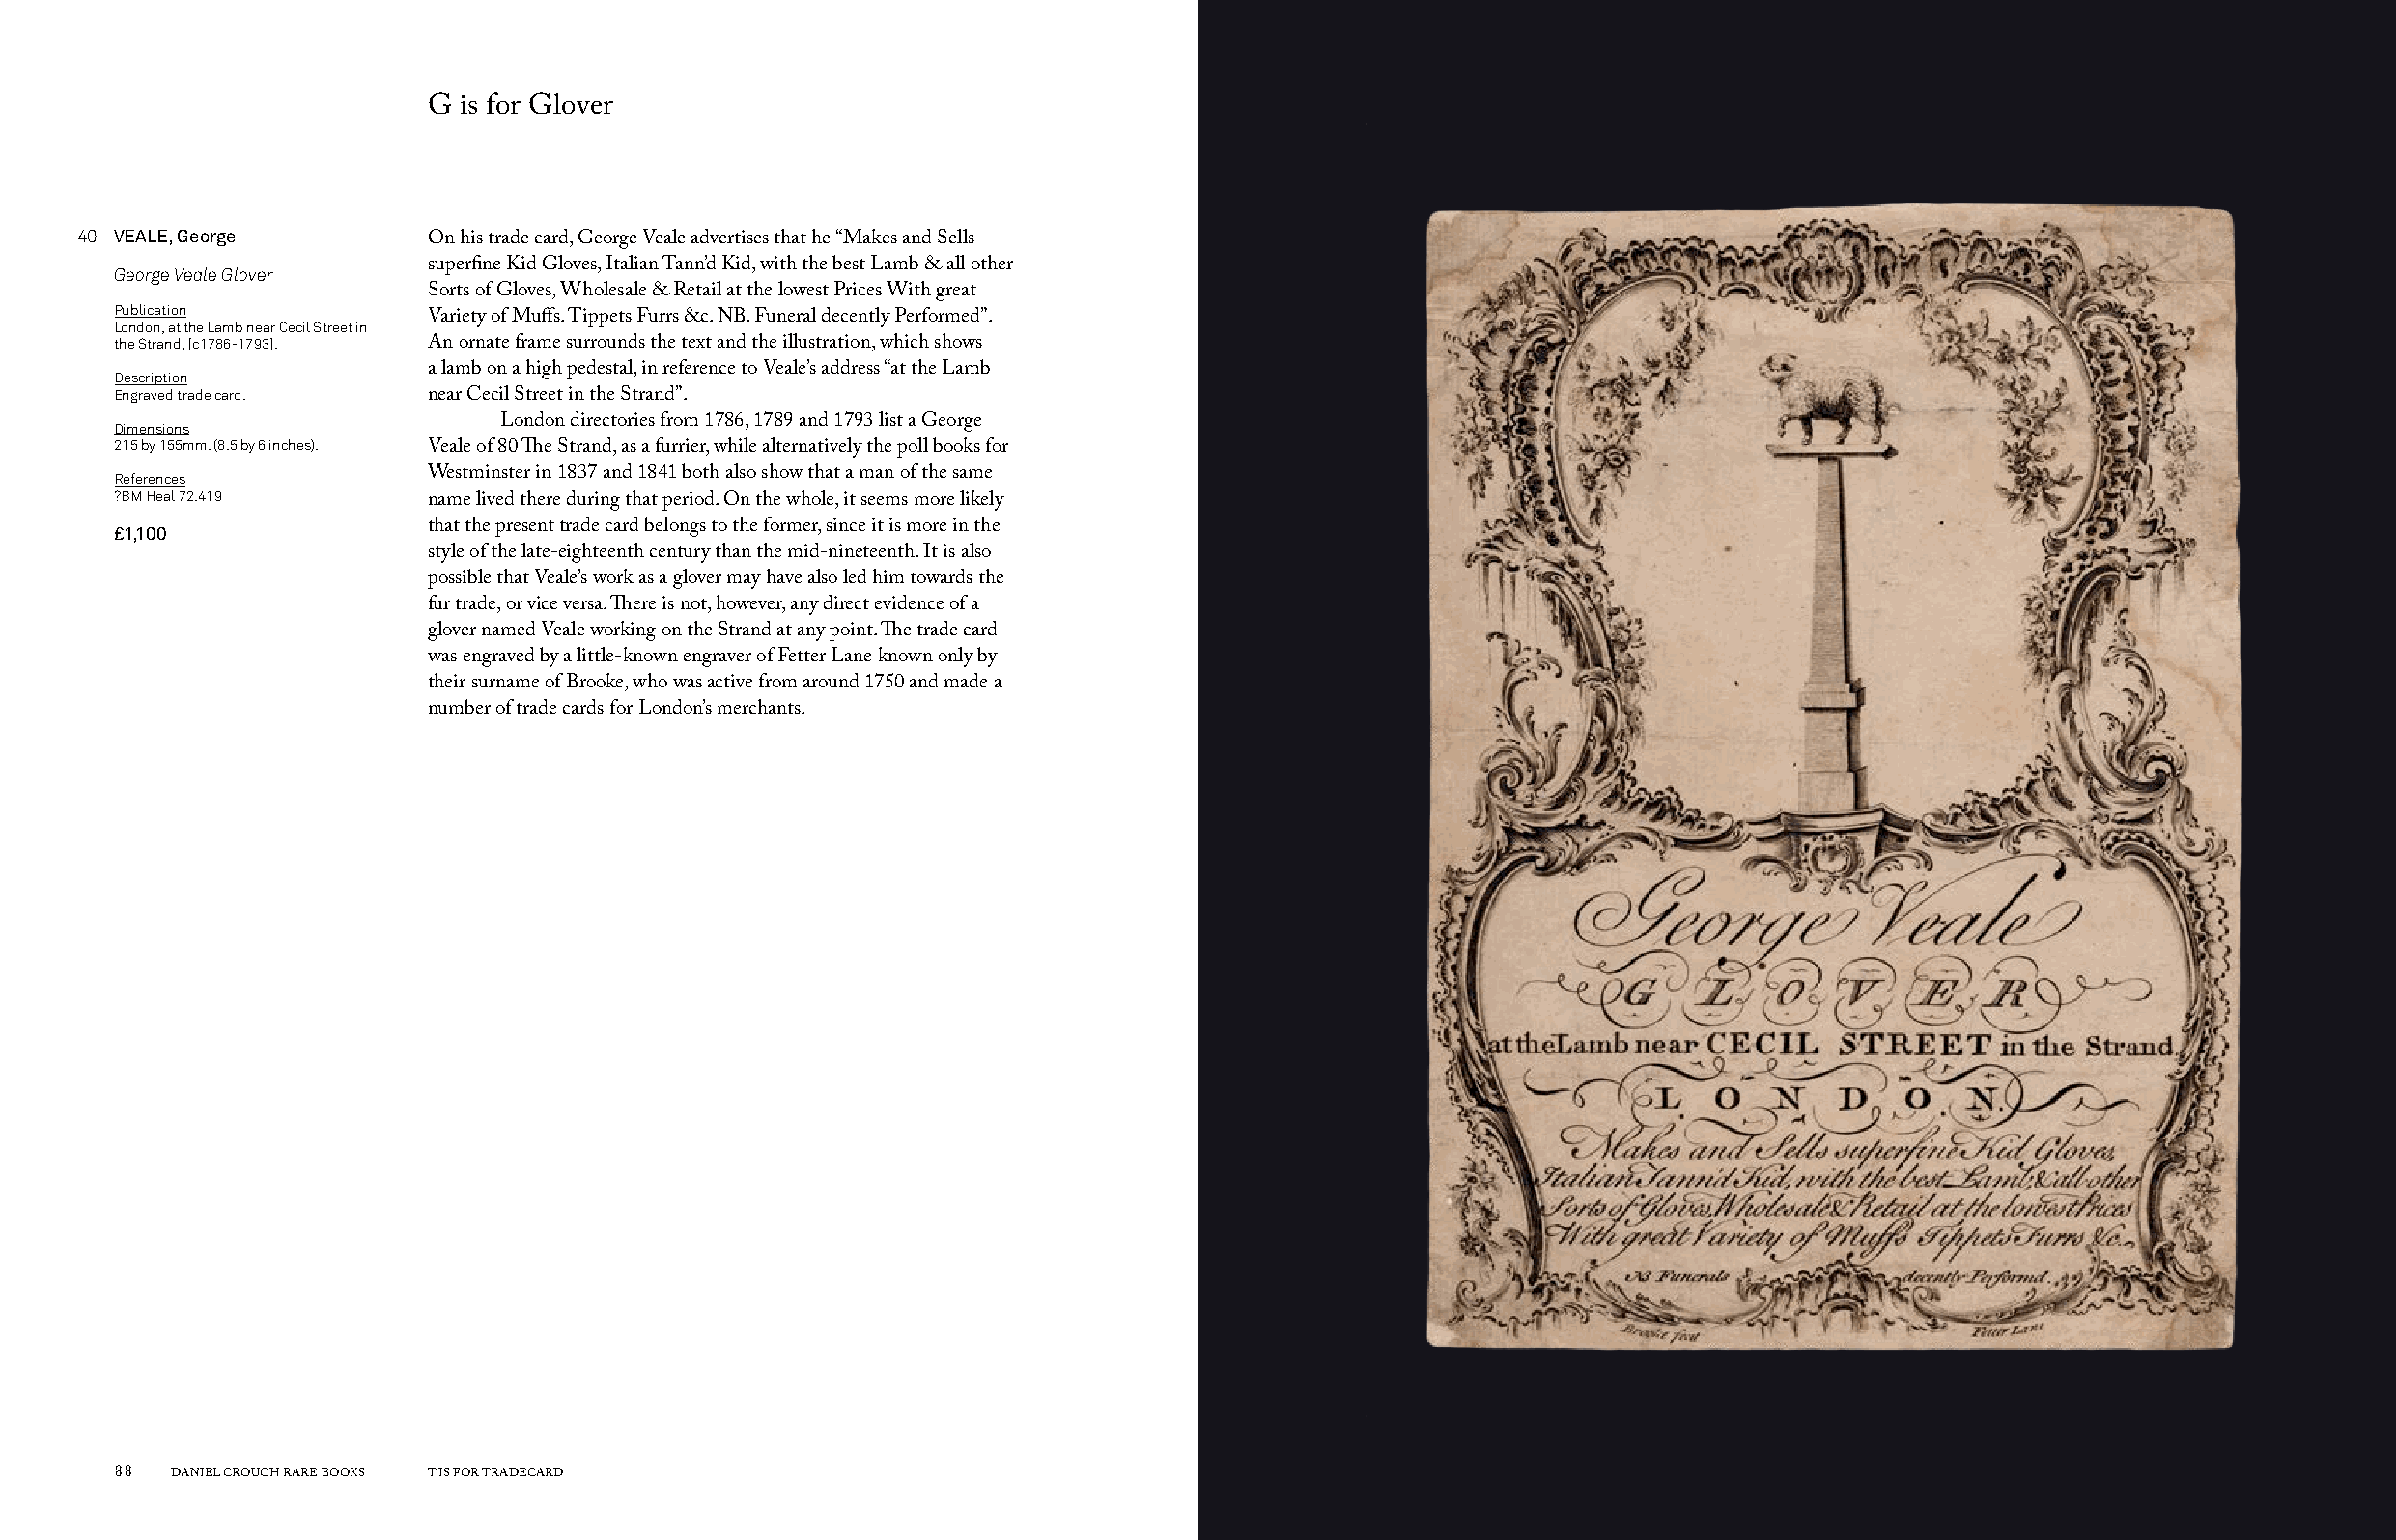
G  is for Glover
 40 VEALE, George
 On his trade card, George Veale advertises that he “Makes and Sells
 George Veale Glover  superfine Kid Gloves, Italian Tann’d Kid, with the best Lamb & all other
 Sorts of Gloves, Wholesale & Retail at the lowest Prices With great
 Publication
 London, at the Lamb near Cecil Street in Variety of Muffs. Tippets Furrs &c. NB. Funeral decently Performed”.
 the Strand, [c1786-1793]. An ornate frame surrounds the text and the illustration, which shows
 Description          a lamb on a high pedestal, in reference to Veale’s address “at the Lamb
 Engraved trade card. near Cecil Street in the Strand”.
 Dimensions                London directories from 1786, 1789 and 1793 list a George
 215 by 155mm. (8.5 by 6 inches).
 Veale of 80 The Strand, as a furrier, while alternatively the poll books for
 References           Westminster in 1837 and 1841 both also show that a man of the same
 ?BM Heal 72.419
 name lived there during that period. On the whole, it seems more likely
 £1,100               that the present trade card belongs to the former, since it is more in the
 style of the late-eighteenth century than the mid-nineteenth. It is also
 possible that Veale’s work as a glover may have also led him towards the
 fur trade, or vice versa. There is not, however, any direct evidence of a
 glover named Veale working on the Strand at any point. The trade card
 was engraved by a little-known engraver of Fetter Lane known only by
 their surname of Brooke, who was active from around 1750 and made a
 number of trade cards for London’s merchants.
 88  DANIEL CROUCH RARE BOOKS T IS FOR TRADECARD                                                                       T IS FOR TRADECARD DANIEL CROUCH RARE BOOKS 89